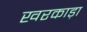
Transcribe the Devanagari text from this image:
खरकाड़ा